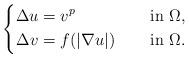
LaTeX: \begin{align*}\left\{\begin{aligned}\Delta u&=v^{p} &&\quad\mbox{ in } \Omega, \\\Delta v&=f(|\nabla u|) &&\quad\mbox{ in } \Omega.\end{aligned}\right.\end{align*}